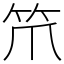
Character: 笊